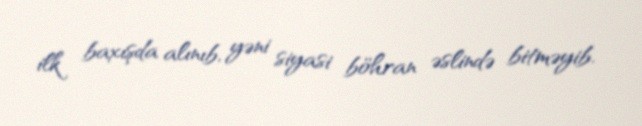
ilk baxışda alınıb, yəni siyasi böhran əslində bitməyib.